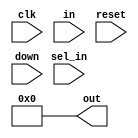
module counter(
  input wire clk,
  input wire [WIDTH-1:0] in,
  input wire sel_in,
  input wire reset,
  input wire down,
  output reg [WIDTH-1:0] out
);

  parameter WIDTH = 8;

  initial
    out = 0;

  always @(posedge clk) begin
    if (sel_in)
      out <= in;
    else
      if (down)
        out <= out - 1;
      else
        out <= out + 1;
  end

  always @(posedge reset) begin
    out <= 0;
  end

endmodule